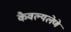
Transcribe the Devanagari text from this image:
कैवल्यलेणे